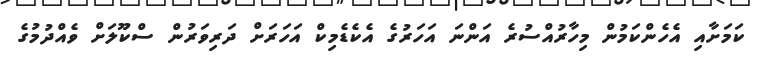
ކަމަށާއި އެހެންކަމުން މިހާރުއްސުރެ އަންނަ އަހަރުގެ އެކެޑެމިކް އަހަރަށް ދަރިވަރުން ސްކޫލަށް ވެއްދުމުގެ